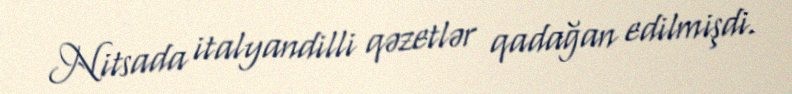
Nitsada italyandilli qəzetlər qadağan edilmişdi.